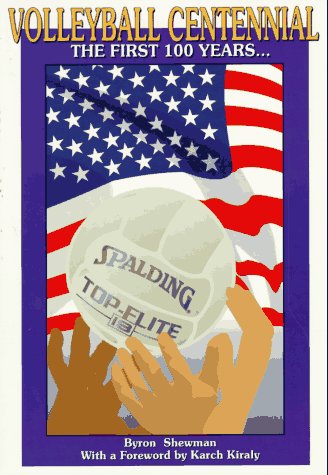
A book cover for Volleyball Centennial: The First 100 Years (Spalding Sports Library); Byron Shewman; Sports & Outdoors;